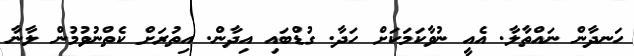
ހަނދާން ނައްތާލާ. އެއީ ނުވާކަމަކަށް ހަދާ. ގުޑްބައި އިދާން. އިތުރަށް ކެތްނުވުމުން ލާނާ